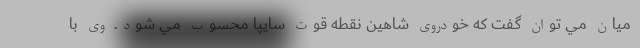
ميان مي توان گفت كه خودروي شاهين نقطه قوت سايپا محسوب مي شود. وي با